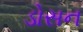
ડોસન